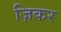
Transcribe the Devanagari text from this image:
ज़िकर